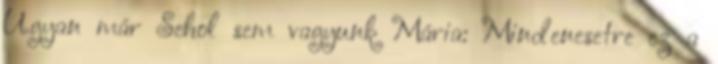
Ugyan már Sehol sem vagyunk Mária: Mindenesetre ez a